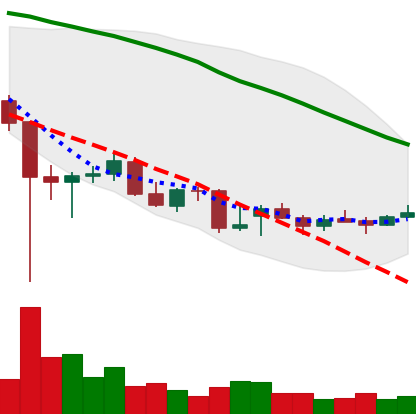
Ticker: ETC-USD
Chart end date: 2021-12-22
Forward return: 5.352%
Label: up_5_7